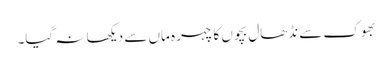
بھوک سے نڈھال بچوں کا چہرہ ماں سے دیکھا نہ گیا۔